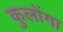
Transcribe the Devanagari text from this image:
कुलोंगा